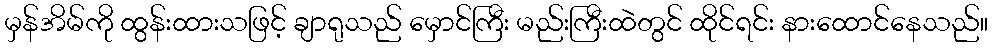
မှန်အိမ်ကို ထွန်းထားသဖြင့် ချာရုသည် မှောင်ကြီး မည်းကြီးထဲတွင် ထိုင်ရင်း နားထောင်နေသည်။